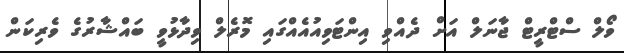
ވޯލް ސްޓްރީޓް ޖާނަލް އަށް ދެއްވި އިންޓަވިއުއެއްގައި މޮރެލް ވިދާޅުވީ ބައްޝާރުގެ ވެރިކަން